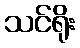
သင်ရိုး